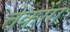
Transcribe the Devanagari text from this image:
तेकोंग